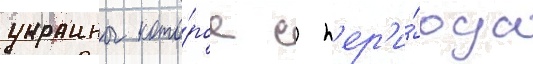
украины кото́рое с п'ер'и́ода